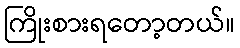
ကြိုးစားရတော့တယ်။